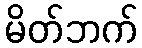
မိတ်ဘက်